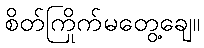
စိတ်ကြိုက်မတွေ့ချေ။